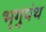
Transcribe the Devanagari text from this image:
भृगुपंथ